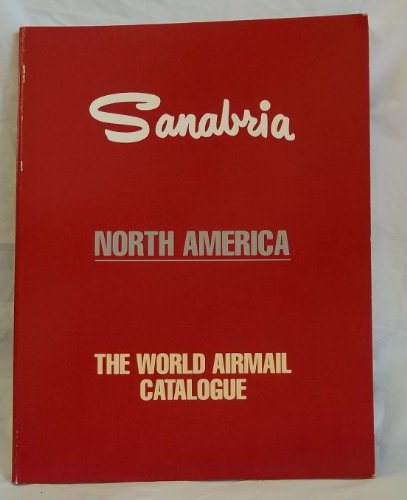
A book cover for Sanabria. North America. The World Airmail Catalogue; Crafts, Hobbies & Home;